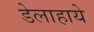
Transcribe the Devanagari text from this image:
डेलाहाये